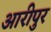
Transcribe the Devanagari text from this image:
आरीपुर